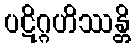
ပဋိဂ္ဂဟိဿန္တိ